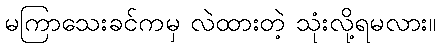
မကြာသေးခင်ကမှ လဲထားတဲ့ သုံးလို့ရမလား။